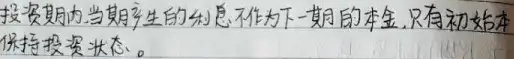
投资期内,当期产生的利息不作为下一期的本金,只有初始本金保持投资状态。